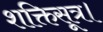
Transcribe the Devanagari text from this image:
शक्तिसूत्र।